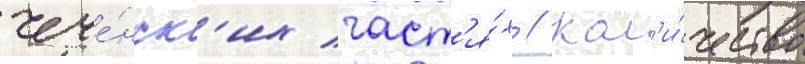
чече́нск'их част'я́х // Кол'и́чество